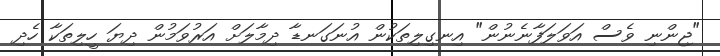
"ޖިންނި ވެސް އަވަލަފާނެނުން" އިނގިލިތަކުން އުނަގަނޑާ ދިމާލަށް އަރުވަމުން ދިޔަ ހީލިތަކާ ހެދި